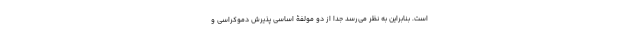
است. بنابراین به نظر می‌رسد جدا از دو مولفۀ اساسی پذیرش دموکراسی و